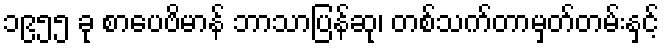
၁၉၅၅ ခု စာပေဗိမာန် ဘာသာပြန်ဆု၊ တစ်သက်တာမှတ်တမ်းနှင့်